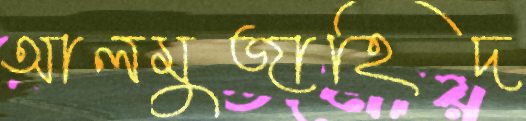
আলমুজাহিদ